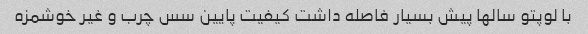
با لوپتو سالها پیش بسیار فاصله داشت کیفیت پایین سس چرب و غیر خوشمزه